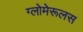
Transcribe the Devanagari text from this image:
ग्लोमेरूलस